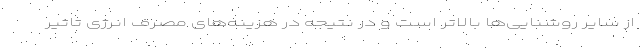
از سایر روشنایی‌ها بالاتر است و در نتیجه در هزینه‌های مصرف انرژی تاثیر